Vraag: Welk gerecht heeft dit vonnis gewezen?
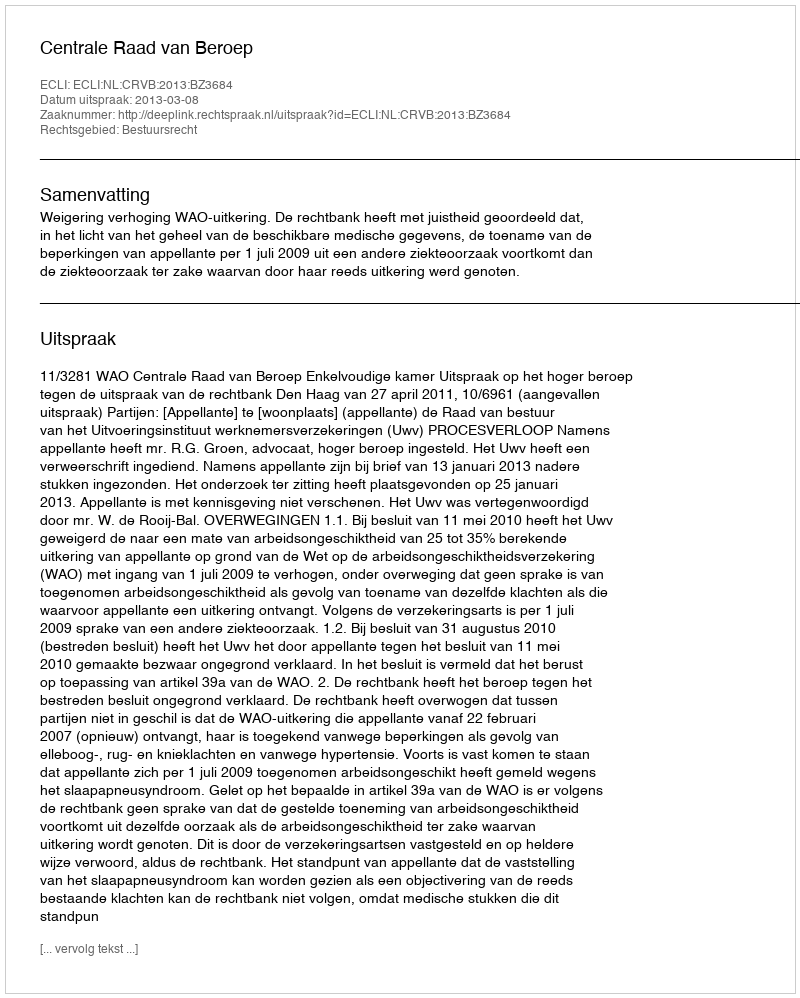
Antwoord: Centrale Raad van Beroep